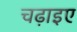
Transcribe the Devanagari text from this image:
चढ़ाइए